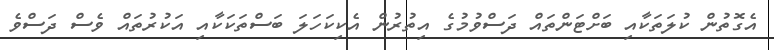
އެގޮތުން ކުލަތަކާއި ބަށްޓަންތައް ދަސްވުމުގެ އިތުރުން އެކިކަހަލަ ބަސްތަކަކާއި އަކުރުތައް ވެސް ދަސްވެ